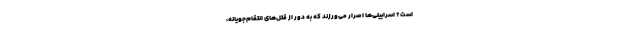
است؟ اسراییلی‌ها اصرار می‌ورزند که به دور از قتل‌های انتقام‌جویانه،